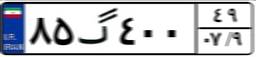
۸۵گ۴۰۰۴۹